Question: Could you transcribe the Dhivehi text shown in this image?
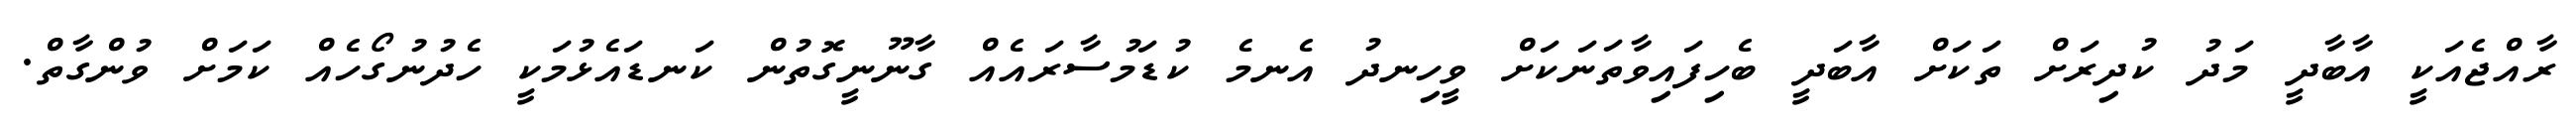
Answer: ރާއްޖެއަކީ އާބާދީ މަދު ކުދިރަށް ތަކަށް އާބަދީ ބެހިފައިވާތަނަކަށް ވީހިނދު އެނމެ ކުޑަމުސާރައެއް ގާނޫނީގޮތުން ކަނޑައެޅުމަކީ ހެދުނުގޯހެއް ކަމަށް ވުންގާތް.